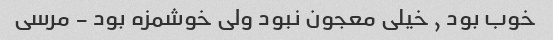
خوب بود , خیلی معجون نبود ولی خوشمزه بود - مرسی